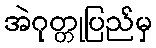
အဲဂုတ္တုပြည်မှ